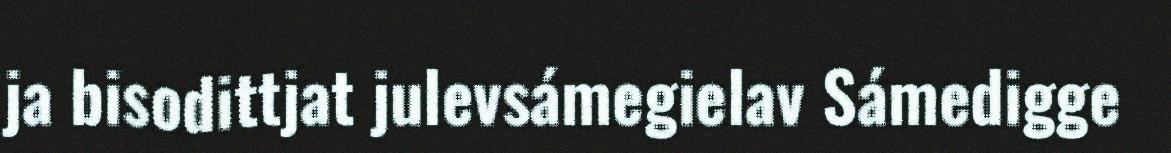
ja bisodittjat julevsámegielav Sámedigge